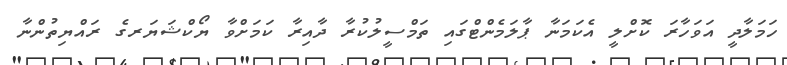
ހަމަލާދީ އަވަހާރަ ކޮށްލީ އެކަމަނާ ޕާލަމެންޓްގައި ތަމްސީލުކުރާ ދާއިރާ ކަމަށްވާ ޔޯކްޝަޔަރގެ ރައްޔިތުންނާ